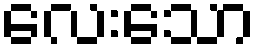
လေးသော